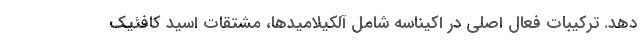
دهد. ترکیبات فعال اصلی در اکیناسه شامل آلکیلامیدها، مشتقات اسید کافئیک